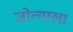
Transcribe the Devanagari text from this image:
जोत्याला